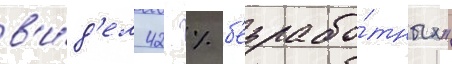
в'и́д'ел 42 % б'езрабо́тных"